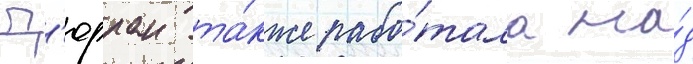
Д'юрран та́кже рабо́тала на́д